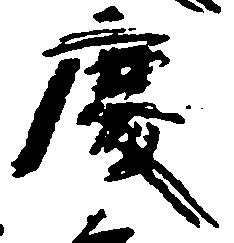
慶